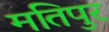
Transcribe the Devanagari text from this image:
मतिपुर